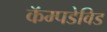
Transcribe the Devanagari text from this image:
कॅम्पडेविड